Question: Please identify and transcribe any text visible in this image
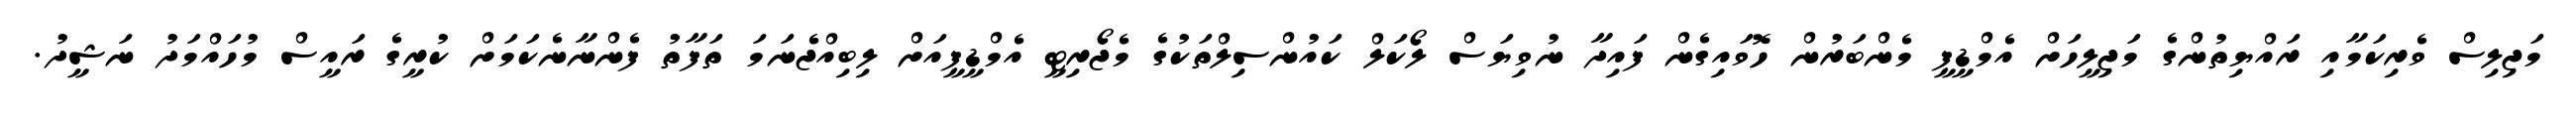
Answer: މަޖިލިސް ވެރިކަމާއި ރައްޔިތުންގެ މަޖިލީހަށް އެމްޑީޕީ މެންބަރުން ހޮވައިގެން ފައިދާ ނުވިޔަސް ލޯކަލް ކައުންސިލްތަކުގެ މެޖޯރިޓީ އެމްޑީޕީއަށް ލިބިއްޖެނަމަ ތަފާތު ފެންނާނެކަމަށް ކުރީގެ ރައީސް މުހައްމަދު ނަޝީދު.